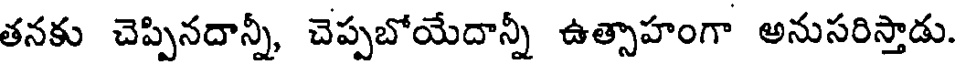
తనకు చెప్పినదాన్నీ, చెప్పబోయేదాన్నీ ఉత్సాహంగా అనుసరిస్తాడు.